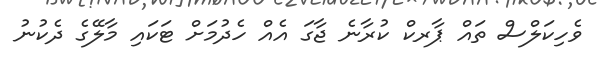
ވެހިކަލްސް ތައް ޕާރކް ކުރާނެ ޖާގަ އެއް ހެދުމަށް ޓަކައި މާލޭގެ ދެކުނު